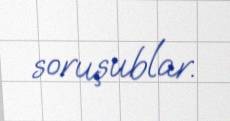
soruşublar.